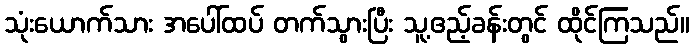
သုံးယောက်သား အပေါ်ထပ် တက်သွားပြီး သူ့ဧည့်ခန်းတွင် ထိုင်ကြသည်။